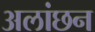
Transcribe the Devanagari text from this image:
अलांछन